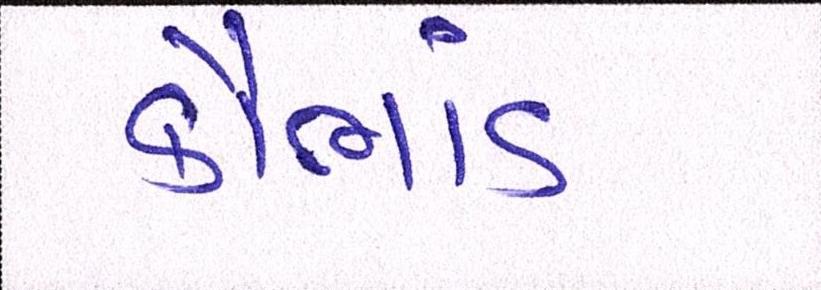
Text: કૌભાંડ